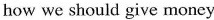
how we should give money